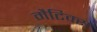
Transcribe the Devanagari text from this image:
मैटिक्स